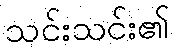
သင်းသင်း၏